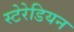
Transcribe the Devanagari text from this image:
स्टेरेडियन